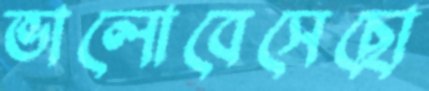
ভালোবেসেছো